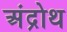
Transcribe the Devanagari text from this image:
अंद्रोथ